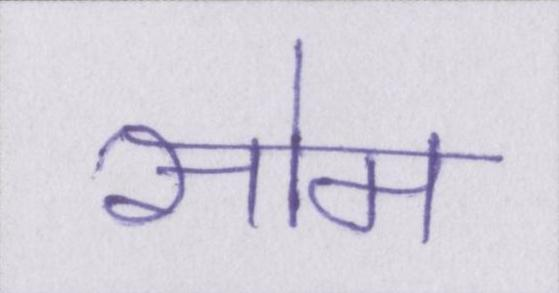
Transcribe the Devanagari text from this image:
सोम